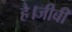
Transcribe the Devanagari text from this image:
है।जीबी